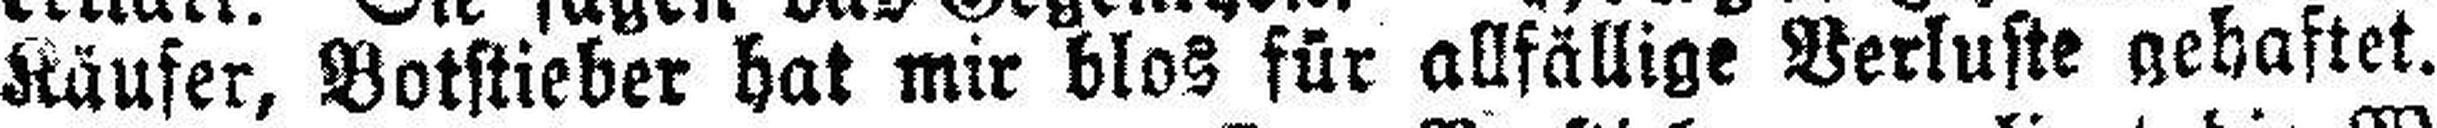
Käufer, Botstieber hat mir blos für allfällige Verluste gehaftet.